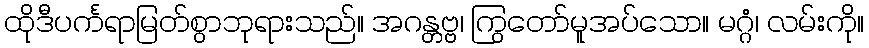
ထိုဒီပင်္ကရာမြတ်စွာဘုရားသည်။ အဂန္တဗ္ဗ၊ ကြွတော်မူအပ်သော။ မဂ္ဂံ၊ လမ်းကို။